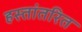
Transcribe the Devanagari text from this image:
हस्‍तांतरित